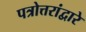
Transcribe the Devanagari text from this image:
पत्रोत्तरांद्वारे